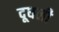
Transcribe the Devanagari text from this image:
दूधली